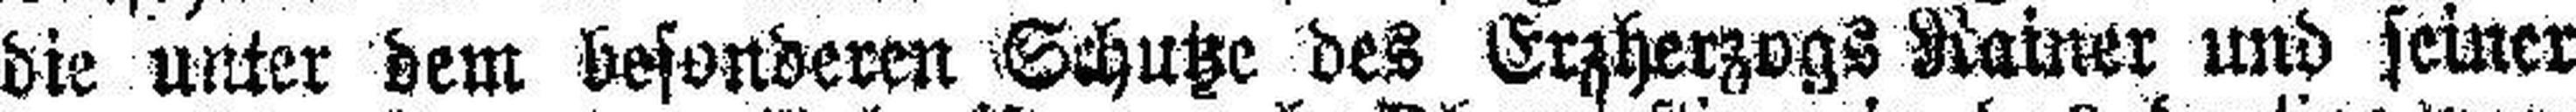
die unter dem besonderen Schutze des Erzherzogs Rainer und seiner